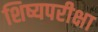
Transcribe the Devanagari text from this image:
शिष्यपरीक्षा